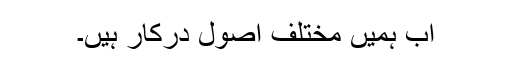
اب ہمیں مختلف اصول درکار ہیں۔